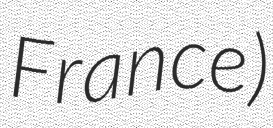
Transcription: France)